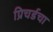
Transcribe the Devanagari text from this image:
प्रिचर्डचा